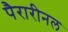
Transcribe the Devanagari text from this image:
पैरारीनल